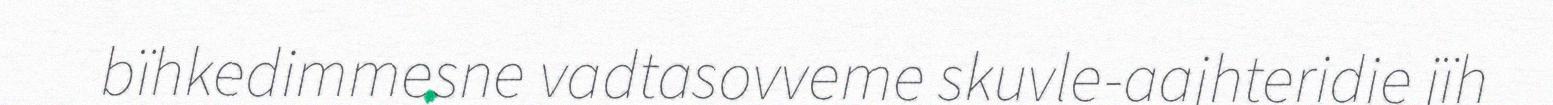
bïhkedimmesne vadtasovveme skuvle-aajhteridie jïh